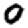
Digit: 0